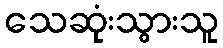
သေဆုံးသွားသူ